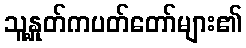
သူ့နှုတ်ကပတ်တော်များ၏